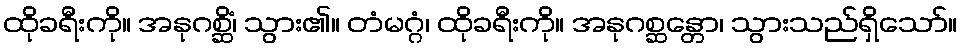
ထိုခရီးကို။ အနုဂစ္ဆိံ၊ သွား၏။ တံမဂ္ဂံ၊ ထိုခရီးကို။ အနုဂစ္ဆန္တော၊ သွားသည်ရှိသော်။